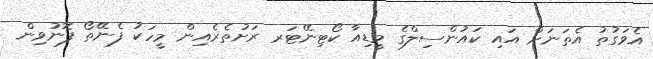
އެވަގުތު އެތަނަށް އައި ކައުންސިލްގެ މީޑިއާ ކޯޓިނޭޓަރ ރަށުތެރެއިން މީހަކު ފެނޭތޯ ފޮނުވިން